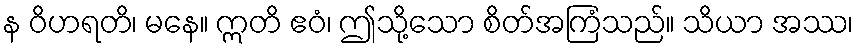
န ဝိဟရတိ၊ မနေ။ ဣတိ ဧဝံ၊ ဤသို့သော စိတ်အကြံသည်။ သိယာ အဿ၊